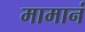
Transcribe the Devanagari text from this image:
मामानं